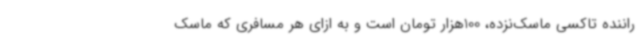
راننده تاکسی ماسک‌نزده، 100هزار تومان است و به ازای هر مسافری که ماسک